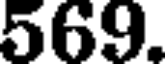
569.